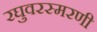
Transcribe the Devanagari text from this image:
रघुवरस्मरणी